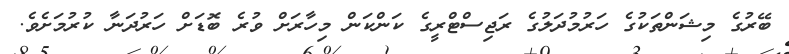
ބޭރުގެ މިޝަންތަކުގެ ހަރުމުދަލުގެ ރަޖިސްޓްރީގެ ކަންކަން މިހާރަށް ވުރެ ބޮޑަށް ހަރުދަނާ ކުރުމަށެވެ.